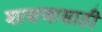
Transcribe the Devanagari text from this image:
शासणासाठी